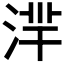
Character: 𣶿